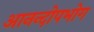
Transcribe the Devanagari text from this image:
आनन्दोपभोग